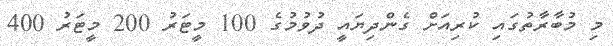
މި މުބާރާތުގައި ކުރިއަށް ގެންދިޔައީ ދުވުމުގެ 100 މީޓަރު 200 މީޓަރު 400